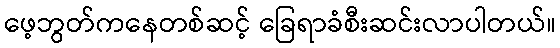
ဖေ့ဘွတ်ကနေတစ်ဆင့် ခြေရာခံစီးဆင်းလာပါတယ်။